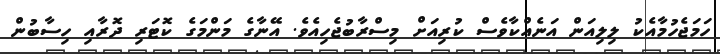
ހަމަޖެހުމާއެކު ލިލިއަން އަނެއްކާވެސް ކުރިއަަށް މިސްރާބުޖެހިއެވެ. އޭނާގެ މަންމަގެ ކޮޓަރި ދޮރާއި ހިސާބުން